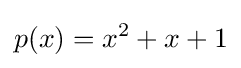
p(x)=x^{2}+x+1